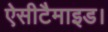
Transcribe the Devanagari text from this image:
ऐसीटैमाइड।